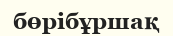
бөрібұршақ